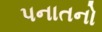
પનાતનો